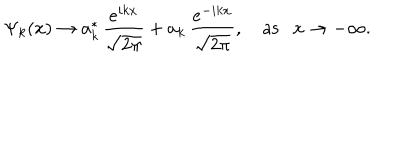
\Psi _ { k } ( x ) \rightarrow a _ { k } ^ { * } \, \frac { e ^ { i k x } } { \sqrt { 2 \pi } } + a _ { k } \, \frac { e ^ { - i k x } } { \sqrt { 2 \pi } } , ~ \mathrm { a s } x \rightarrow - \infty .